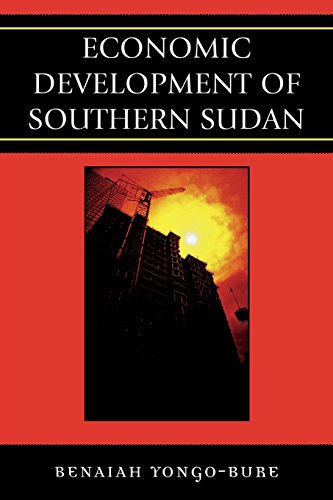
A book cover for Economic Development of Southern Sudan; Benaiah Yongo-Bure; History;